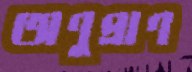
অণুপ্রাণ